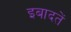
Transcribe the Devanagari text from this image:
इबादतें